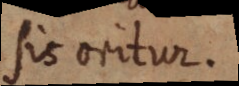
sis oritur.